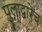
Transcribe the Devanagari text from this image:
पुलाद्वारेच